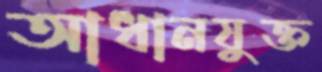
আধানযুক্ত